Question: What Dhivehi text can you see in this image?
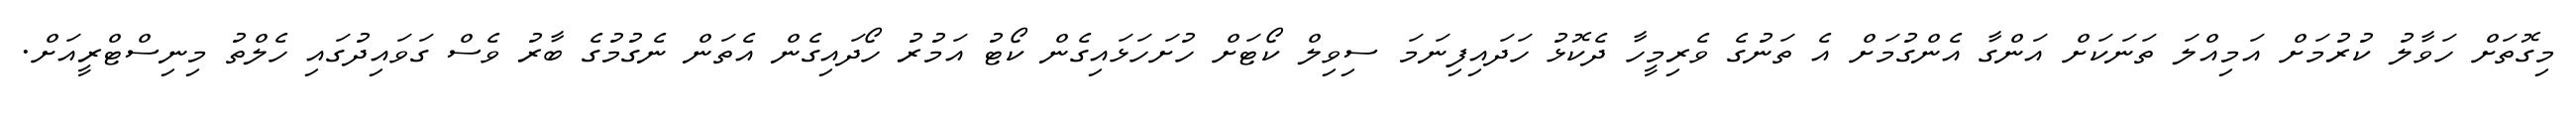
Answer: މިގޮތަށް ހަވާލު ކުރުމަށް އަމިއްލަ ތަނަކަށް އަންގާ އެންގުމަށް އެ ތަނުގެ ވެރިމީހާ ދެކޮޅު ހަދައިފިނަމަ ސިވިލް ކޯޓަށް ހުށަހަޅައިގެން ކޯޓު އަމުރު ހޯދައިގެން އެތަން ނެގުމުގެ ބާރު ވެސް ގަވައިދުގައި ހެލްތު މިނިސްޓްރީއަށް.